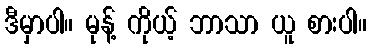
ဒီမှာပါ။ မုန့် ကိုယ့် ဘာသာ ယူ စားပါ။